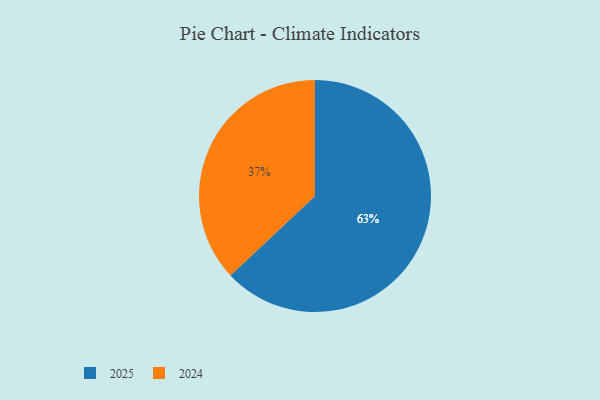
{"axis": {"x": "Category", "y": "Percentage"}, "legend": ["2024", "2025"], "data": [{"x": "2024", "y": 37, "type": "2024"}, {"x": "2025", "y": 63, "type": "2025"}]}